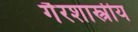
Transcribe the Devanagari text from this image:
गैरशास्त्रीय